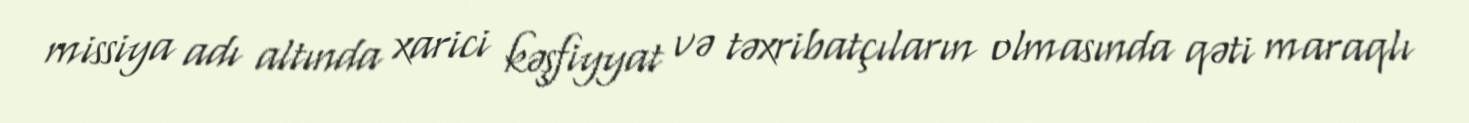
missiya adı altında xarici kəşfiyyat və təxribatçıların olmasında qəti maraqlı